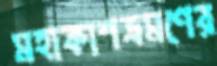
মহাকাশভ্রমণের